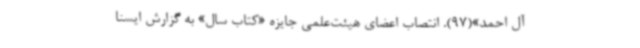
آل احمد»(97). انتصاب اعضای هیئت‌علمی جایزه «کتاب‌ سال» به گزارش ایسنا